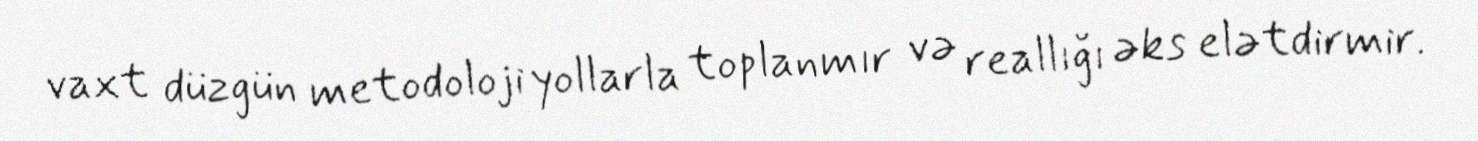
vaxt düzgün metodoloji yollarla toplanmır və reallığı əks elətdirmir.